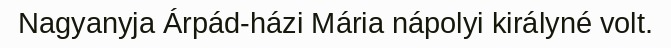
Nagyanyja Árpád-házi Mária nápolyi királyné volt.